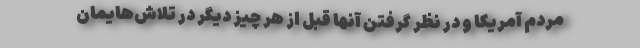
مردم آمریکا و در نظر گرفتن آنها قبل از هر چیز دیگر در تلاش‌هایمان